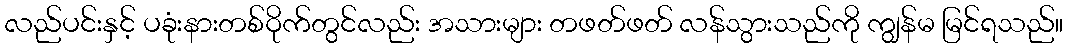
လည်ပင်းနှင့် ပခုံးနားတစ်ဝိုက်တွင်လည်း အသားများ တဖတ်ဖတ် လန်သွားသည်ကို ကျွန်မ မြင်ရသည်။